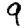
Digit: 9